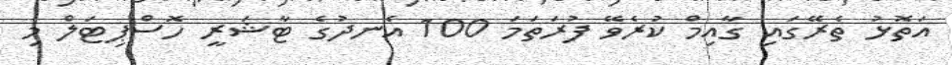
އަތޮޅު ތެރޭގައި ގާއިމް ކުރެވޭ ފުރަތަމަ 100 އެނދުގެ ޓާޝަރީ ހޮސްޕިޓަލް މި